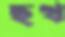
ছখ